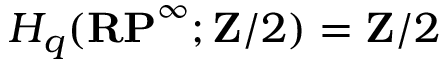
H _ { q } ( \mathbf { R P } ^ { \infty } ; \mathbf { Z } / 2 ) = \mathbf { Z } / 2